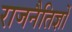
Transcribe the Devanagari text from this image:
राजनैतिज्ञों